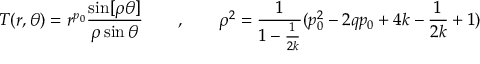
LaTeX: T ( r , \theta ) = r ^ { p _ { 0 } } \frac { \sin [ \rho \theta ] } { \rho \sin \theta } \qquad , \qquad \rho ^ { 2 } = \frac { 1 } { 1 - \frac { 1 } { 2 k } } ( p _ { 0 } ^ { 2 } - 2 q p _ { 0 } + 4 k - \frac { 1 } { 2 k } + 1 )